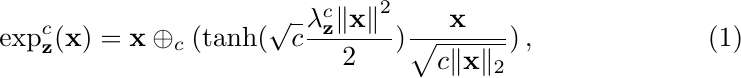
\begin{equation}
\vspace{-0.3em}
\label{eq1}
    \exp _\mathbf{z}^c(\mathbf{x})=\mathbf{x}\oplus_c(\tanh(\sqrt{c} \frac{\lambda_\mathbf{z}^c {\Vert \mathbf{x} \Vert}^2}{2} )\frac{\mathbf{x}}{\sqrt{c{\Vert \mathbf{x} \Vert_2}}} )
    \,,
\end{equation}